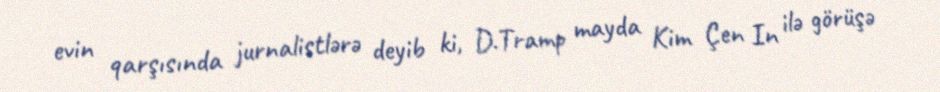
evin qarşısında jurnalistlərə deyib ki, D.Tramp mayda Kim Çen In ilə görüşə